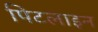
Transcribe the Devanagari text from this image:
पिटलाइन